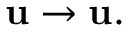
\mathbf { u } \rightarrow \mathbf { u } .